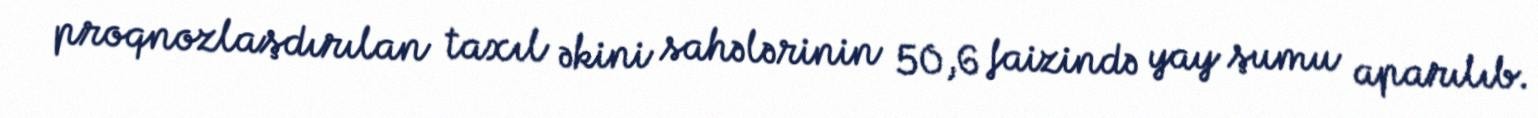
proqnozlaşdırılan taxıl əkini sahələrinin 50,6 faizində yay şumu aparılıb.